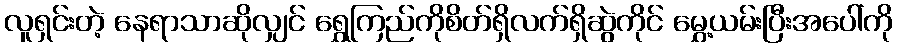
လူရှင်းတဲ့ နေရာသာဆိုလျှင် ရွှေကြည်ကိုစိတ်ရှိလက်ရှိဆွဲကိုင် မွှေ့ယမ်းပြီးအပေါ်ကို